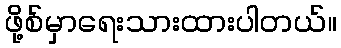
ဖို့စ်မှာရေးသားထားပါတယ်။